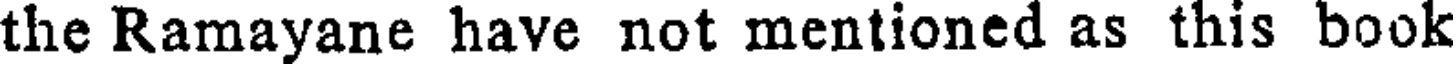
the Ramayane have not mentioned as this book